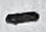
Text: -